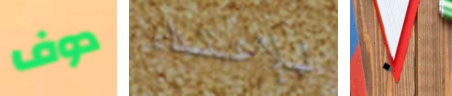
دوف للإعتداء ٠